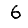
Digit: 6